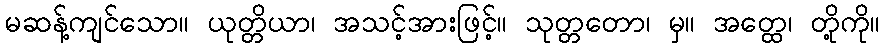
မဆန့်ကျင်သော။ ယုတ္တိယာ၊ အသင့်အားဖြင့်။ သုတ္တတော၊ မှ။ အတ္ထေ၊ တို့ကို။